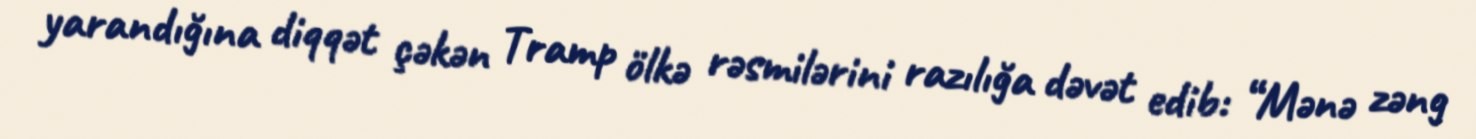
yarandığına diqqət çəkən Tramp ölkə rəsmilərini razılığa dəvət edib: “Mənə zəng